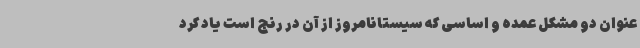
عنوان دو مشکل عمده و اساسی که سیستانامروز از آن در رنج است یاد کرد